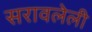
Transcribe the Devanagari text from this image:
सरावलेली